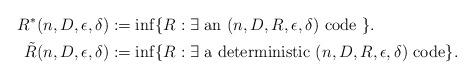
LaTeX: \begin{align*}R^{*} & (n, D, \epsilon, \delta) := \inf \{ R :\mbox{$\exists$ an $(n, D, R, \epsilon, \delta)$ {\rm code }} \}. \\\tilde{R} & (n, D, \epsilon, \delta) := \inf \{ R : \mbox{$\exists$ {\rm a deterministic} $(n, D, R, \epsilon, \delta)$ {\rm code}} \}.\end{align*}